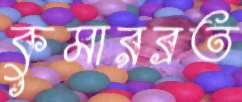
কুমারব্রত